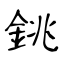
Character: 銚